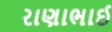
રાણાભાઈ